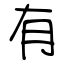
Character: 有